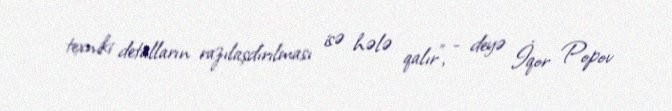
texniki detalların razılaşdırılması isə hələ qalır”, - deyə İqor Popov